Medical and sanitary report of the native army of Bengal for the year
Year: 1877
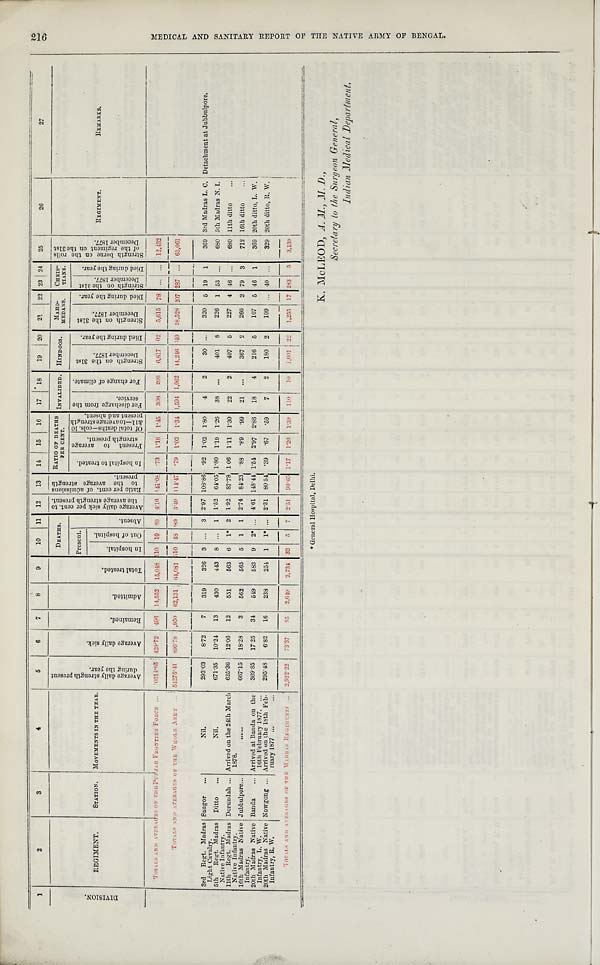
1
2
3
4
5
6
7
8
9
10 11 12 13 14 15 16 17 18 19 20 21 22 23 24 25
26
27
A v e r a g e d a i l y s t r e n g t h p r e s e n t d u r i n g t h e y e a r .
A v e r a g e d a i l y s i c k .
R e m a i n d e d .
A d m i t t e d .
T o t a l t r e a t e d .
DEATHS. A v e r a g e d a i l y s i c k p e r c e n t . t o t h e a v e r a g e s t r e n g t h p r e s e n t . R a t i o p e r c e n t . o f a d m i s s i o n s t o t h e a v e r a g e s t r e n g t h p r e s e n t . RATIO OF DEATHS
PER CENT.
INVALIDED. HINDOOS.
M A H O -
MEDANS. CHRIS-
TIANS. S t r e n g t h b o r n e o n t h e r o l l s o f t h e r e g i m e n t o n t h e 3 1 s t D e c e m b e r 1 8 7 7 .
REGIMENT.
R E M A R K S .
D I V I S I O N .
REGIMENT.
STATION. MOVEMENTS IN THE TEAR.
Present.
A b s e n t .
I n h o s p i t a l t o t r e a t e d .
P r e s e n t t o a v e r a g e s t r e n g t h p r e s e n t . O f t o t a l d e a t h s — c o l s . 1 0 & 1 1 — t o a v e r a g e s t r e n g t h p r e s e n t a n d a b s e n t . F o r d i s c h a r g e f r o m t h e s e r v i c e .
F o r c h a n g e o f c l i m a t e .
S t r e n g t h o n t h e 3 1 s t D e c e m b e r 1 8 7 7 .
D i e d d u r i n g t h e y e a r .
S t r e n g t h o n t h e 3 1 s t D e c e m b e r 1 8 7 7 . D i e d d u r i n g t h e y e a r . S t r e n g t h o n t h e 3 1 s t D e c e m b e r 1 8 7 7 .
D i e d d u r i n g t h e y e a r .
I n h o s p i t a l .
O u t o f h o s p i t a l .
T O T A L S A N D A V E R A G E S O F T H E P U N J A B F R O N T I E R F O R C E
0314.85 429.72 496 14,552 15,048 1 1 10 6 0
4 . 1 6
1 4 1 . 0 8 . 7 3 1.16 1.45 308 206 6,817 02 5,615 78
. . .
. . . 12,432
T O T A L S A N D A V E R A G E S O F T H E W H O L E A B M Y
54275.41
8 9 6 . 7 8
1 , 9 5 0 62,131 64,081 510 48 89 3.49 114.47 . 7 9 1.03 1.34 1.591 1,062
4 4 , 2 4 6 6 4 0 18,528 2 0 7 287
. . .
63,061
3rd Regt. Madras
Light Cavalry.
Saugor . . .
Nil.
293.03 8.72 7 319 326 3 . . . 3 2.97 108.86 . 9 2 1.02 1.80
4 2
30 . . . 320 5 19 1 369 3rd Madras L. C. Detachment at Jubbulpore.
5th Regt. Madras Native Infantry. Ditto .
Nil.
671.35 10.24 13 430 443 8 . . . 1 1.52 64.05 1.80 1.19 1.26 38 . . .
401 8 226 1 53 . . . 680 5th Madras N. I.
1 1 t h R e g t . M a d r a s N a t i v e I n f a n t r y .
Dorundah ... Arrived on the 24th March
1878.
625.36 12.06 12 551 563 6 1* 2 1.92 87.78 1.06 1.11 1.30 22 2 407 5 227 4 46 . . . 680 11th ditto
16th Madras Native Infantry. Jubbulpore...
. . . . . . .
667.15 18.28 3 562 565 5 1 1 2.74 84.23 . 8 8
. 8 9 . 9 9 21 . . .
367 2 266 2 79 3 712 16th ditto ...
2 0 t h M a d r a s N a t i v e I n f a n t r y . L . W .
Banda ... Arrived at Banda on the
16th February 1877.
369.85 17.25 34 549 583 9 2* . . . 4.61 148.44 1.54 2.97 2.86 18 4 216 5 107 5 46 1 369 20th ditto, L. W.
20th Madras Native
Infantry, R. W.
Nowgong ...
A r r i v e d o n t h e 1 8 t h F e b - r u a r y 1 8 7 7 295.48 6.82 16 238 254 1 1* . . . 2.31 80.54 . 3 9
. 6 7 . 5 9 7 2 180 2 109 . . . 4 0 . . . 329 20th ditto, R. W.
T O T A L S A N D A V E R A G E S O F T H E M A D R A S R E G I M E N T S
2,922.22 73.37
8 5 2,649
2 , 7 3 4 3 2
5
7 2 . 5 1
9 0 . 6 5
1 . 1 7
1 . 2 6 1.39
1 1 0 1 0
1 , 6 0 1 2 2
1 , 2 5 5 1 7 2 8 3 5
3 , 1 3 9
K. MCLEOD, A. M., M. D.,
Secretary to the Surgeon General,
Indian Medical Department.
1 6 M E D I C A L A N D S A N I T A R Y R E P O R T O F T H E N A T I V E A R M Y O F B E N G A L .